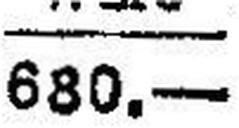
680.—